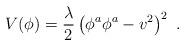
LaTeX: \begin{align*}V(\phi) = {\lambda \over 2}\left(\phi^a\phi^a -v^2\right)^2 \ .\end{align*}